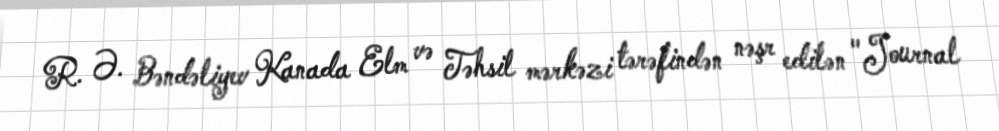
R. Ə. Bəndəliyev Kanada Elm və Təhsil mərkəzi tərəfindən nəşr edilən "Journal